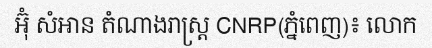
អ៊ុំ សំអាន តំណាងរាស្ត្រ CNRP(ភ្នំពេញ)៖ លោក